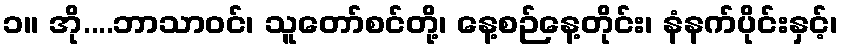
၁။ အို....ဘာသာဝင်၊ သူတော်စင်တို့၊ နေ့စဉ်နေ့တိုင်း၊ နံနက်ပိုင်းနှင့်၊